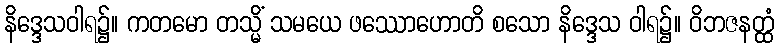
နိဒ္ဒေသဝါရ၌။ ကတမော တသ္မိံ သမယေ ဖဿောဟောတိ စသော နိဒ္ဒေသ ဝါရ၌။ ဝိဘဇနတ္ထံ